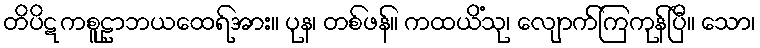
တိပိဋကစူဠာဘယထေရ်အား။ ပုန၊ တစ်ဖန်။ ကထယိံသု၊ လျောက်ကြကုန်ပြီ။ သော၊